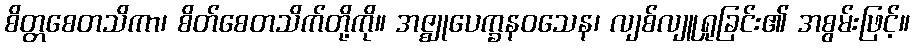
စိတ္တစေတသိကာ၊ စိတ်စေတသိက်တို့ကို။ အဇ္ဈုပေက္ခနဝသေန၊ လျစ်လျူရှုခြင်း၏ အစွမ်းဖြင့်။